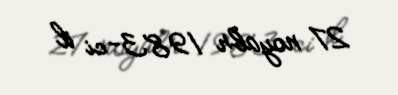
27 noyabr 1983-ci il